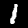
Digit: 1